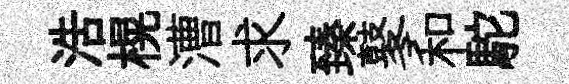
浩榥漕求臻鼕和駝